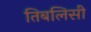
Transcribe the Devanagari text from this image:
तिबलिसी